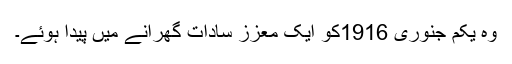
وہ یکم جنوری 1916کو ایک معزز سادات گھرانے میں پیدا ہوئے۔